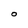
Character: O